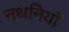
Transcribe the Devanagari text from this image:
नथनियाँ